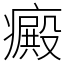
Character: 癜